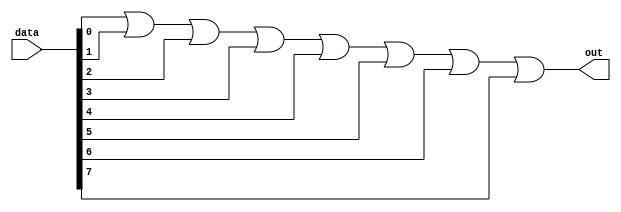
module eight_input_or_gate (
    input [7:0] data,
    output reg out
);

always @(*) begin
    out = (data[0] | data[1] | data[2] | data[3] | data[4] | data[5] | data[6] | data[7]);
end

endmodule